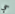
حي